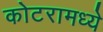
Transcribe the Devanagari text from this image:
कोटरामध्ये